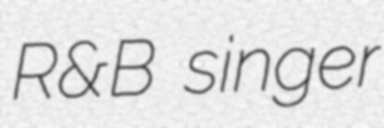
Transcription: R&B singer